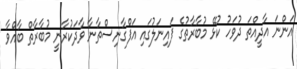
އަންނަ އާދީއްތަ ދުވަހު ކުޅޭ މުބާރާތުގެ ފައިނަލުގައި އަފްގާނިސްތާނާ ވާދަކުރާނީ މުބާރާތް ބާއްވާ